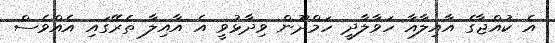
އެ ކުއްޖާގެ އާއިލާއާ ހަވާލާދީ ހަމްދޫން ވިދާޅުވީ އެ އާއިލާ ތެރޭގައި އެއްވެސް